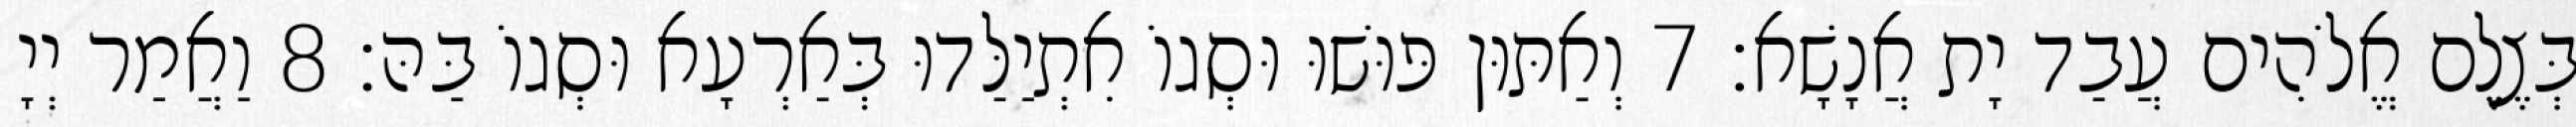
בְּצֶלֶם אֱלֹהִים עֲבַד יָת אֲנָשָׁא׃ 7 וְאַתּוּן פּוּשׁוּ וּסְגוֹ אִתְיַלַּדוּ בְּאַרְעָא וּסְגוֹ בַּהּ׃ 8 וַאֲמַר יְיָ